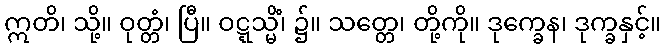
ဣတိ၊ သို့။ ဝုတ္တံ၊ ပြီ။ ဝဋ္ဋသ္မိံ၊ ၌။ သတ္တေ၊ တို့ကို။ ဒုက္ခေန၊ ဒုက္ခနှင့်။